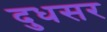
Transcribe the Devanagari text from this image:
दुधसर